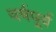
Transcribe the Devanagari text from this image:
वर्षपूर्व